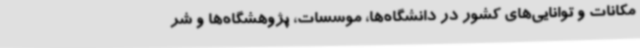
مکانات و توانایی‌های کشور در دانشگاه‌ها، موسسات، پژوهشگاه‌ها و شر